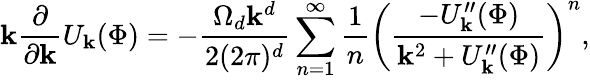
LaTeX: \mathbf{k}\frac{{\partial}}{{\partial\mathbf{k}}}U_{\mathbf{k}}(\Phi)=-\frac{{\Omega_{d}\mathbf{k}^{d}}}{{2(2\pi)^{d}}}\sum_{n=1}^{\infty}\frac{{1}}{{n}}\left(\frac{{-U_{\mathbf{k}}^{\prime\prime}(\Phi)}}{{\mathbf{k}^{2}+U_{\mathbf{k}}^{\prime\prime}(\Phi)}}\right)^{n},